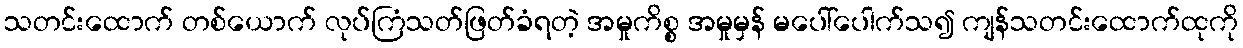
သတင်းထောက် တစ်ယောက် လုပ်ကြံသတ်ဖြတ်ခံရတဲ့ အမှုကိစ္စ အမှုမှန် မပေါ်ပေါက်သ၍ ကျန်သတင်းထောက်ထုကို